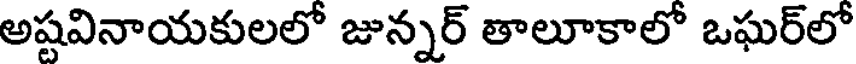
అష్టవినాయకులలో జున్నర్ తాలూకాలో ఒఘర్లో